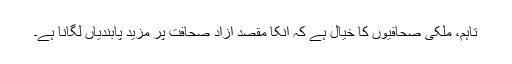
تاہم، ملکی صحافیوں کا خیال ہے کہ انکا مقصد آزاد صحافت پر مزید پابندیاں لگانا ہے۔